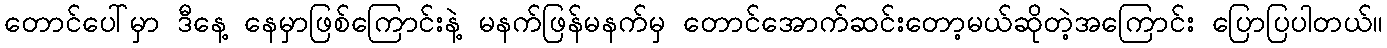
တောင်ပေါ်မှာ ဒီနေ့ နေမှာဖြစ်ကြောင်းနဲ့ မနက်ဖြန်မနက်မှ တောင်အောက်ဆင်းတော့မယ်ဆိုတဲ့အကြောင်း ပြောပြပါတယ်။